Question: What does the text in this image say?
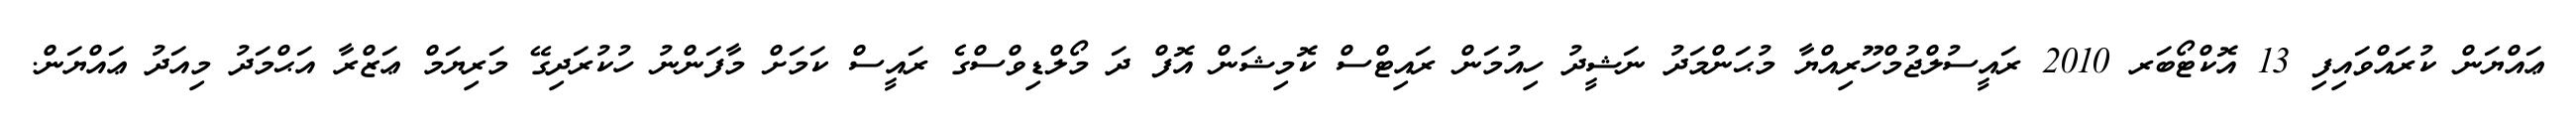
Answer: ޢައްޔަން ކުރައްވައިފި 13 އޮކްޓޯބަރ 2010 ރައީސުލްޖުމްހޫރިއްޔާ މުޙަންމަދު ނަޝީދު ހިއުމަން ރައިޓްސް ކޮމިޝަން އޮފް ދަ މޯލްޑިވްސްގެ ރައީސް ކަމަށް މާފަންނު ހުކުރަދިގޭ މަރިޔަމް ޢަޒްރާ އަޙްމަދު މިއަދު ޢައްޔަން.